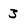
Character: 3